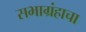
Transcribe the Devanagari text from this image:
सभाग्रंहाचा